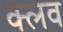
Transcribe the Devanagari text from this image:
क्‍लव